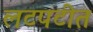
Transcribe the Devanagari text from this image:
लटपटीत